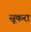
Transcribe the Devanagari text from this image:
सूकरा